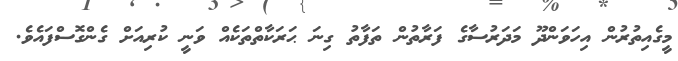
މީގެއިތުރުން އިހަވަންދޫ މަދަރުސާގެ ފަރާތުން ތަފާތު ގިނަ ޙަރަކާތްތަކެއް ވަނީ ކުރިއަށް ގެންގޮސްފައެވެ.